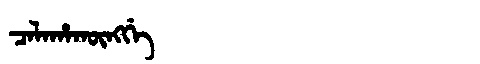
Manchu: ᠴᠠᠯᠠᡥᠠᡴᡡᠩᡤᡝ
Romanization: CALAHAKŪNGGE